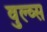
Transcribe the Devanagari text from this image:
वुल्व्स